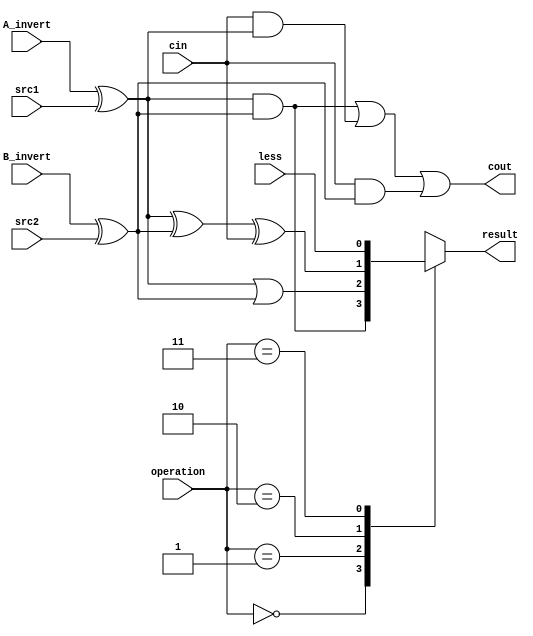
//STUDENT_ID:109550073
`timescale 1ns/1ps

//////////////////////////////////////////////////////////////////////////////////
// Company: 
// Engineer: 
// 
// Design Name: 
// Module Name:    alu_top 
// Project Name: 
// Target Devices: 
// Tool versions: 
// Description: 
//
// Dependencies: 
//
// Revision: 
// Revision 0.01 - File Created
// Additional Comments: 
//
//////////////////////////////////////////////////////////////////////////////////

module alu_top(
               src1,       //1 bit source 1 (input)
               src2,       //1 bit source 2 (input)
               less,       //1 bit less     (input)
               A_invert,   //1 bit A_invert (input)
               B_invert,   //1 bit B_invert (input)
               cin,        //1 bit carry in (input)
               operation,  //operation      (input)
               result,     //1 bit result   (output)
               cout       //1 bit carry out(output)
               );

input         src1;
input         src2;
input         less;
input         A_invert;
input         B_invert;
input         cin;
input [2-1:0] operation;
output        result;
output        cout;
reg           result;
wire          temp_a, temp_b;

assign temp_a = A_invert ^ src1;    //MUX1
assign temp_b = B_invert ^ src2;    //MUX2
assign cout = (temp_a&temp_b) | (cin&temp_a) | (cin&temp_b);
always@(*)
begin
    case(operation)
    2'b00:
        result= temp_a & temp_b;
    2'b01:
        result= temp_a | temp_b;
    2'b10:
        result= temp_a ^ temp_b ^ cin;
    2'b11:
        result=less;
    endcase
end


endmodule